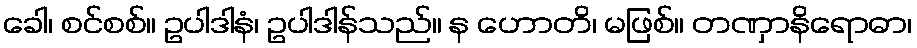
ခေါ၊ စင်စစ်။ ဥပါဒါနံ၊ ဥပါဒါန်သည်။ န ဟောတိ၊ မဖြစ်။ တဏှာနိရောဓာ၊